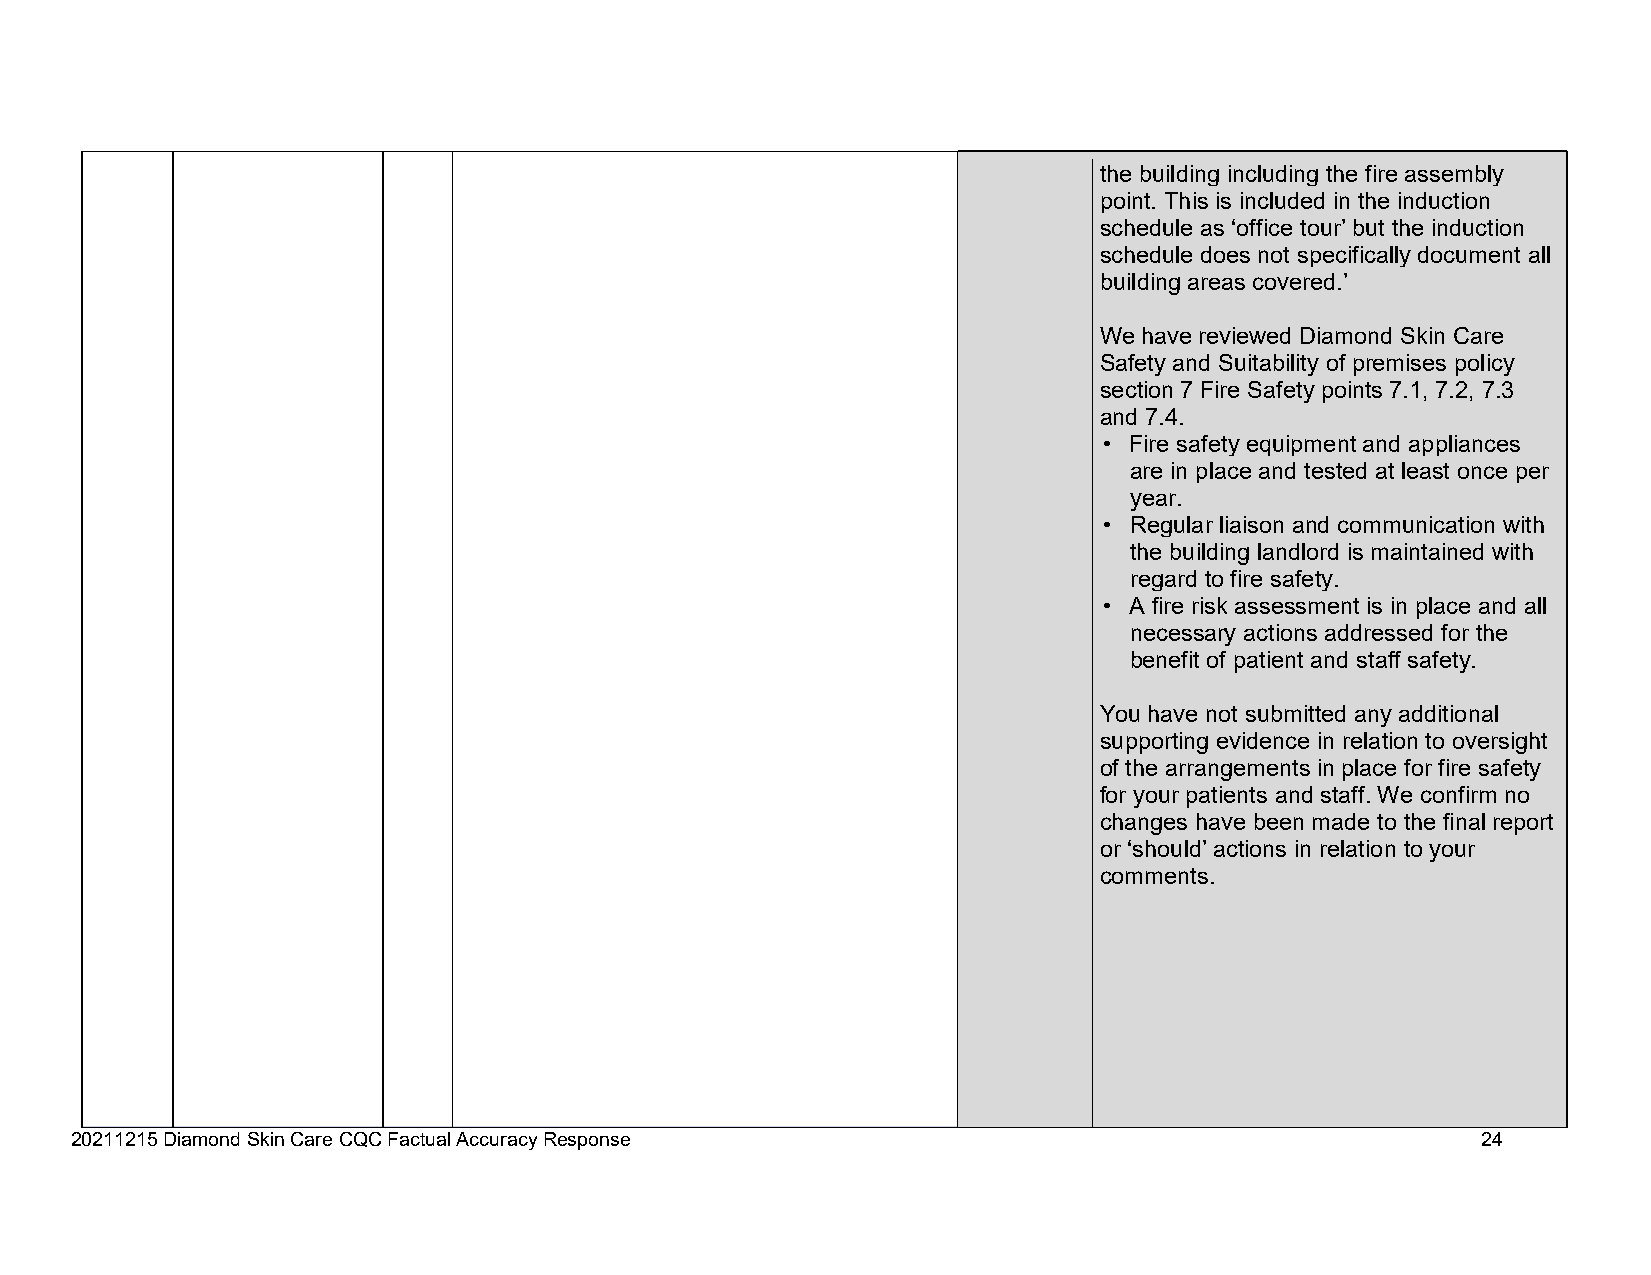
the building including the fire assembly
 point. This is included in the induction
 schedule as ‘office tour’ but the induction
 schedule does not specifically document all
 building areas covered.’
 We have reviewed Diamond Skin Care
 Safety and Suitability of premises policy
 section 7 Fire Safety points 7.1, 7.2, 7.3
 and 7.4.
 • Fire safety equipment and appliances
 are in place and tested at least once per
 year.
 • Regular liaison and communication with
 the building landlord is maintained with
 regard to fire safety.
 • A fire risk assessment is in place and all
 necessary actions addressed for the
 benefit of patient and staff safety.
 You have not submitted any additional
 supporting evidence in relation to oversight
 of the arrangements in place for fire safety
 for your patients and staff. We confirm no
 changes have been made to the final report
 or ‘should’ actions in relation to your
 comments.
 20211215 Diamond Skin Care CQC Factual Accuracy Response                                     24